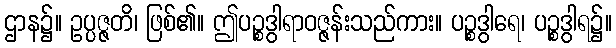
ဌာန၌။ ဥပ္ပဇ္ဇတိ၊ ဖြစ်၏။ ဤပဉ္စဒွါရာဝဇ္ဇန်းသည်ကား။ ပဉ္စဒွါရေ၊ ပဉ္စဒွါရ၌။